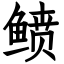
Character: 鲼